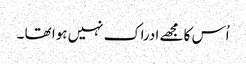
اُس کا مجھے ادراک نہیں ہوا تھا ۔